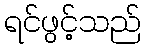
ရင်ဖွင့်သည်